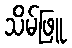
သိမ်ဖြူ